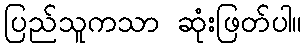
ပြည်သူကသာ ဆုံးဖြတ်ပါ။